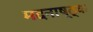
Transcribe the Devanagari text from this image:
मदनाष्ठ्क